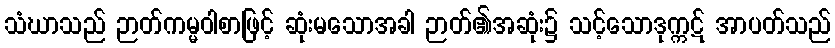
သံဃာသည် ဉာတ်ကမ္မဝါစာဖြင့် ဆုံးမသောအခါ ဉာတ်၏အဆုံး၌ သင့်သောဒုက္ကဋ် အာပတ်သည်